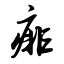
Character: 痱